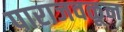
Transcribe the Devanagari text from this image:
पाराजवळून